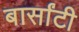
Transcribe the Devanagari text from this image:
बार्सांटी